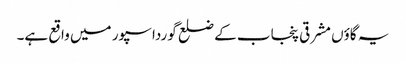
یہ گاؤں مشرقی پنجاب کے ضلع گورداسپور میں واقع ہے۔